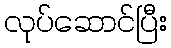
လုပ်ဆောင်ပြီး